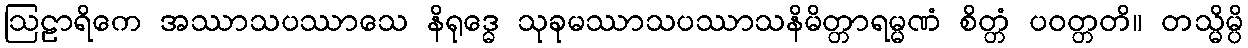
ဩဠာရိကေ အဿာသပဿာသေ နိရုဒ္ဓေ သုခုမဿာသပဿာသနိမိတ္တာရမ္မဏံ စိတ္တံ ပဝတ္တတိ။ တသ္မိမ္ပိ